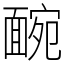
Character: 䩊